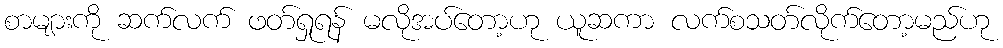
စာများကို ဆက်လက် ဖတ်ရှုရန် မလိုအပ်တော့ဟု ယူဆကာ လက်စသတ်လိုက်တော့မည်ဟု